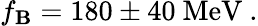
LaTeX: f_{\mathbf{B}}=180\pm40\ \mathrm{{MeV}}\ .